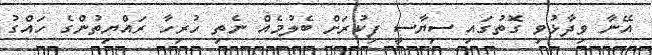
އޭނާ ވިދާޅުވި ގޮތުގައި ސިޔާސީ ފިކުރަށް ބެލުމެއް ނެތި ހުރިހާ ރައްޔިތުންގެ ހައްގު